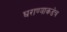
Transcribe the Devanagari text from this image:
घराण्याकडेच